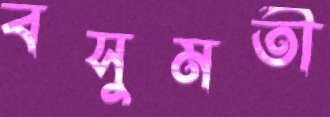
বসুমতী